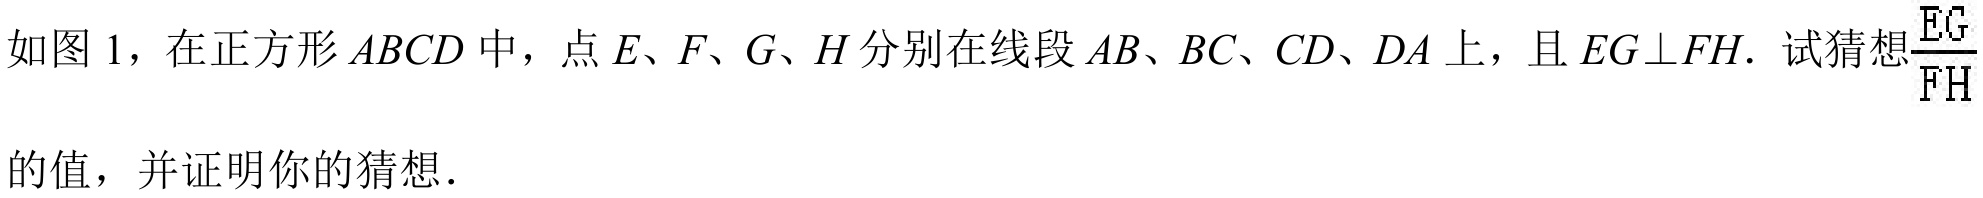
如图 1，在正方形\(ABCD\)中，点\(E、F、G、H\)分别在线段\(AB、BC、CD、DA\)上，且\(EG\perp FH\). 试猜想\(\frac{EG}{FH}\)的值，并证明你的猜想．